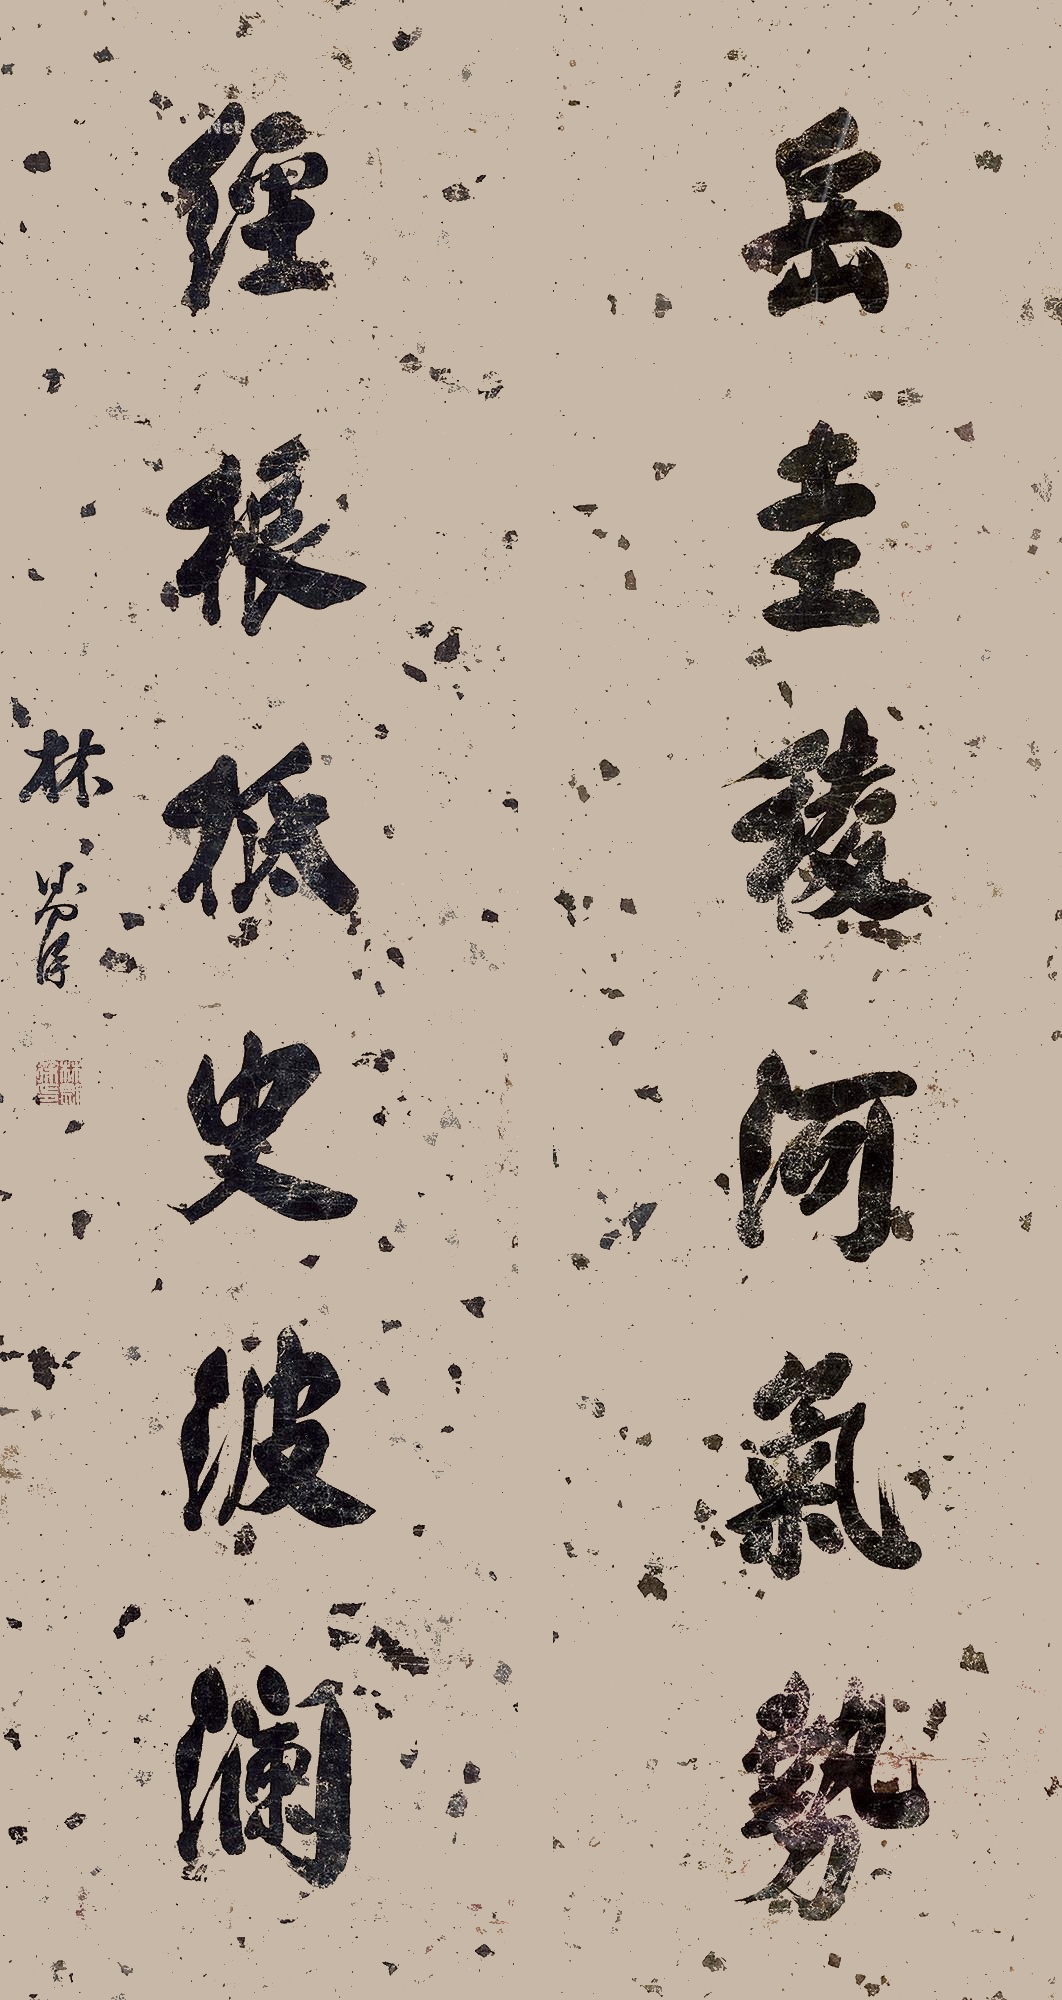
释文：岳圭稷河气势，经根抵史波澜。林则徐。